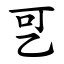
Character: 㐓